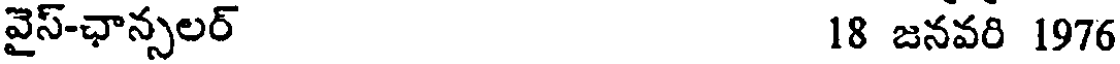
వైస్-ఛాన్సలర్ 18 జనవరి 1976